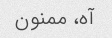
آه، ممنون